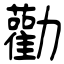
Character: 勸